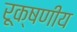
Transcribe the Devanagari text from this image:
रूक्षणीय